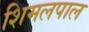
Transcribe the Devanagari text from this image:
शिमलपाल